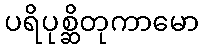
ပရိပုစ္ဆိတုကာမော